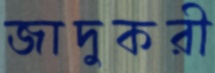
জাদুকরী